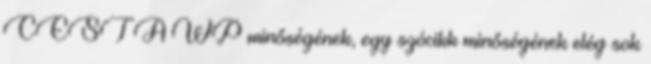
CEST A WP minőségének, egy szócikk minőségének elég sok